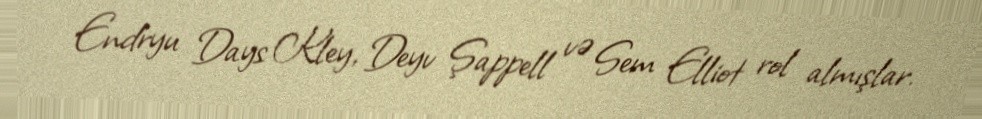
Endryu Days Kley, Deyv Şappell və Sem Elliot rol almışlar.